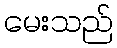
မေးသည်